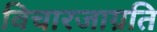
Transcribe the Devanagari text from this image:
विचारजाग्रति